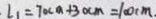
l _ { 1 } = 7 0 c a + 3 0 c m = 1 0 0 c m .